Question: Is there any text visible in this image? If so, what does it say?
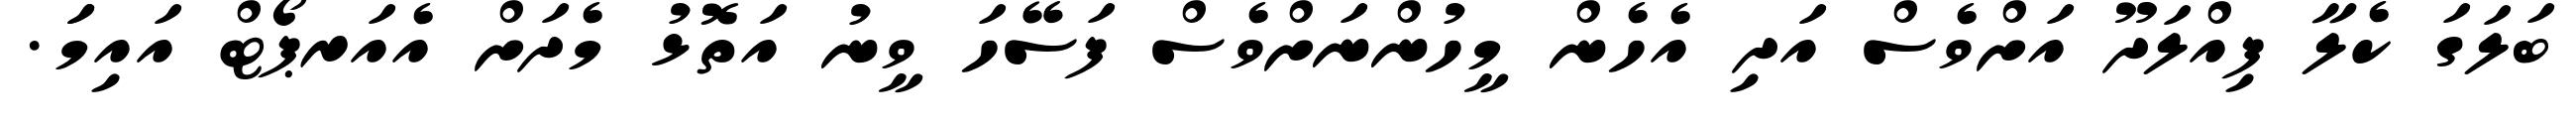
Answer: ބަލަގަ ކެލާ ފިއްލަދޫ އަށްވެސް އަދި އެހެން މީހުންނަށްވެސް ފަސޭހަ ވީނު އަތޮޅު މެދަށް އެއަރޕޯޓް އައިމަަ.